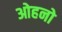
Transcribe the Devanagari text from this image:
ओहनो